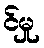
င်မှု